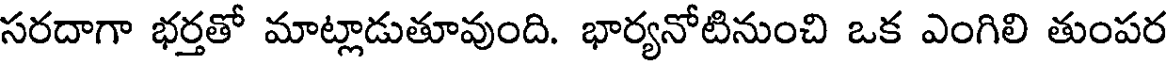
సరదాగా భర్తతో మాట్లాడుతూవుంది. భార్యనోటినుంచి ఒక ఎంగిలి తుంపర